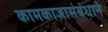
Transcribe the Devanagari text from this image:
कामकाजासंबंधाने